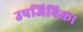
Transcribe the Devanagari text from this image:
उपजिविका